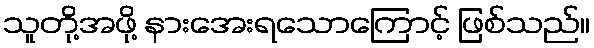
သူတို့အဖို့ နားအေးရသောကြောင့် ဖြစ်သည်။